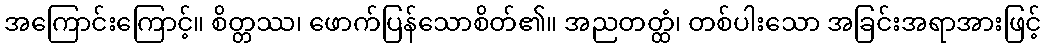
အကြောင်းကြောင့်။ စိတ္တဿ၊ ဖောက်ပြန်သောစိတ်၏။ အညတတ္ထံ၊ တစ်ပါးသော အခြင်းအရာအားဖြင့်